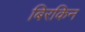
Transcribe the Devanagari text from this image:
बिरकिन